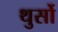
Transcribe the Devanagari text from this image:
थुर्सो